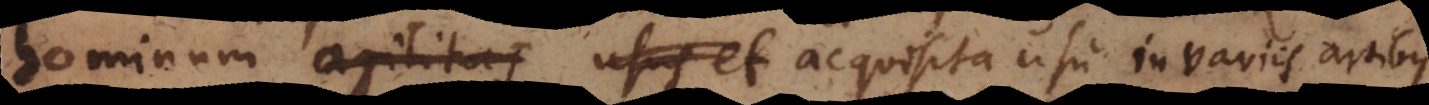
hominum agilitas usus et acquisita usu agil